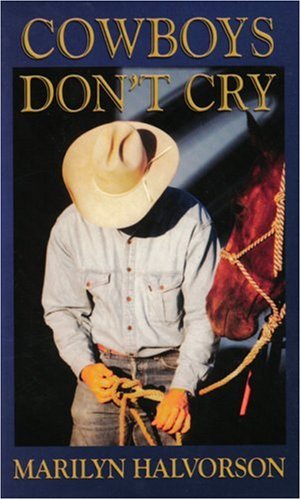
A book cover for Cowboys Don't Cry (Gemini Books); Marilyn Halvorson; Teen & Young Adult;